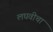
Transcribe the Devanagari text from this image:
लघवीचा